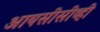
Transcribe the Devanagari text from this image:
आयसीसीव्ही